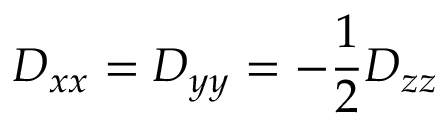
D _ { x x } = D _ { y y } = - \frac { 1 } { 2 } D _ { z z }